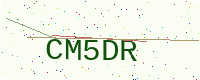
Text: CM5DR